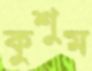
কুশুম